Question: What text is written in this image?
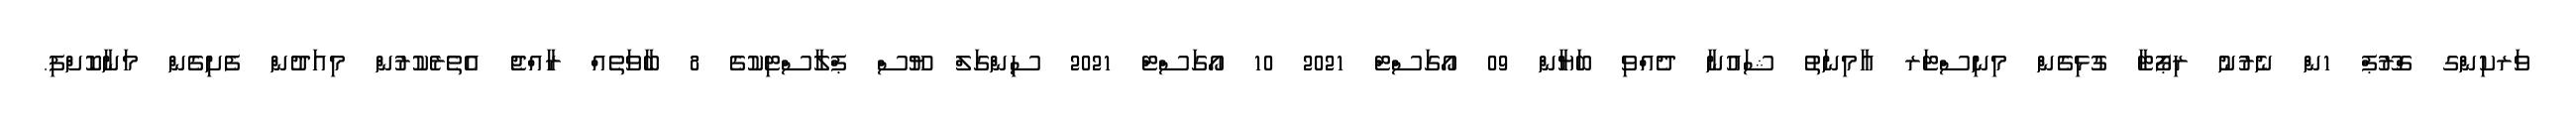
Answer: ވަރކިންގ ގްރޫޕް 1ން ނެރުނު ރިޕޯޓާ ގުޅިގެން މިނިސްޓަރ އާމިނަތު ޝައުނާ ދެއްވި ބަޔާން 09 އޯގަސްޓް 2021 10 އޯގަސްޓް 2021 ސިންގަލް ޔޫސް ޕްލާސްޓިކުގެ 8 ބާވަތެއް ރާއްޖެ އެތެރެކުރުން މިއަދުން ފެށިގެން މަނާކޮށްފި.